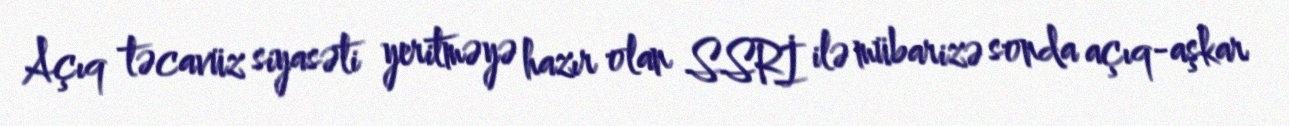
Açıq təcavüz siyasəti yeritməyə hazır olan SSRİ ilə mübarizə sonda açıq-aşkar